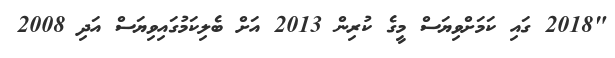
"2018 ގައި ކަމަށްވިޔަސް މީގެ ކުރިން 2013 އަށް ބެލިކަމުގައިވިޔަސް އަދި 2008